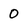
Character: 0